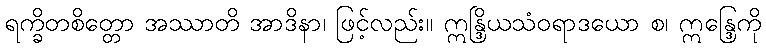
ရက္ခိတစိတ္တော အဿာတိ အာဒိနာ၊ ဖြင့်လည်း။ ဣန္ဒြိယသံဝရာဒယော စ၊ ဣန္ဒြေကို